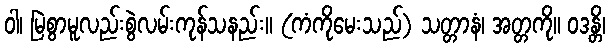
ဝါ၊ မြဲစွာမူလည်းစွဲလမ်းကုန်သနည်း။ (ကံကိုမေးသည်) သတ္တာနံ၊ အတ္တကို။ ဝဒန္တိ၊